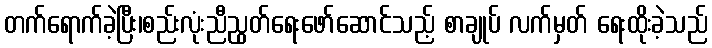
တက်ရောက်ခဲ့ပြီး၊စည်းလုံးညီညွတ်ရေးဖော်ဆောင်သည့် စာချုပ် လက်မှတ် ရေးထိုးခဲ့သည်